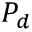
P _ { d }